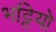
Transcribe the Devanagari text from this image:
भट्टियो